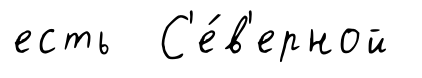
есть С'е́в'ерной